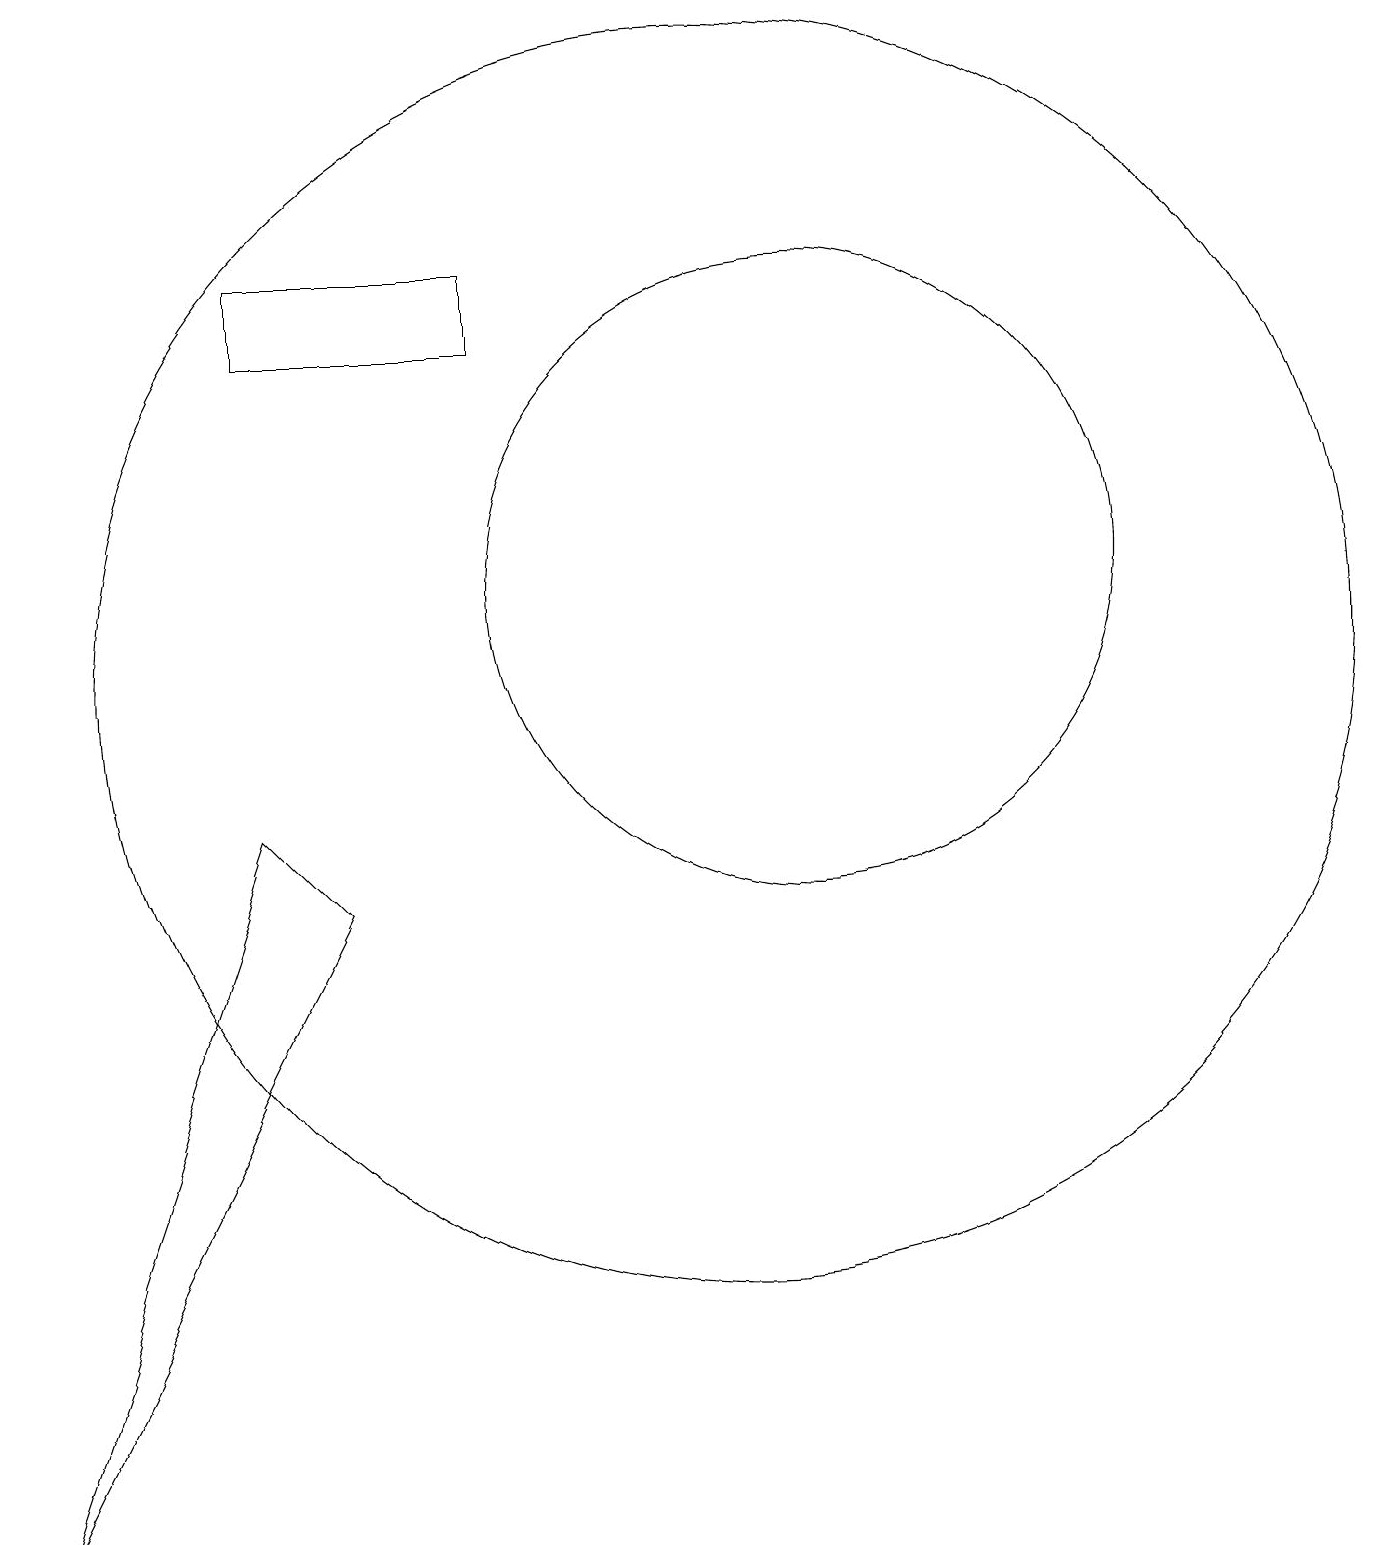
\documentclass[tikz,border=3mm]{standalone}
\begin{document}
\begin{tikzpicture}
\draw (8,16) rectangle (5,15);
\draw (11,11) circle (8);
\draw (4,12) rectangle (4,12);
\draw (2,0) -- (5,9) -- (6,8) -- cycle;
\draw (12,12) circle (4);
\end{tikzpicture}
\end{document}